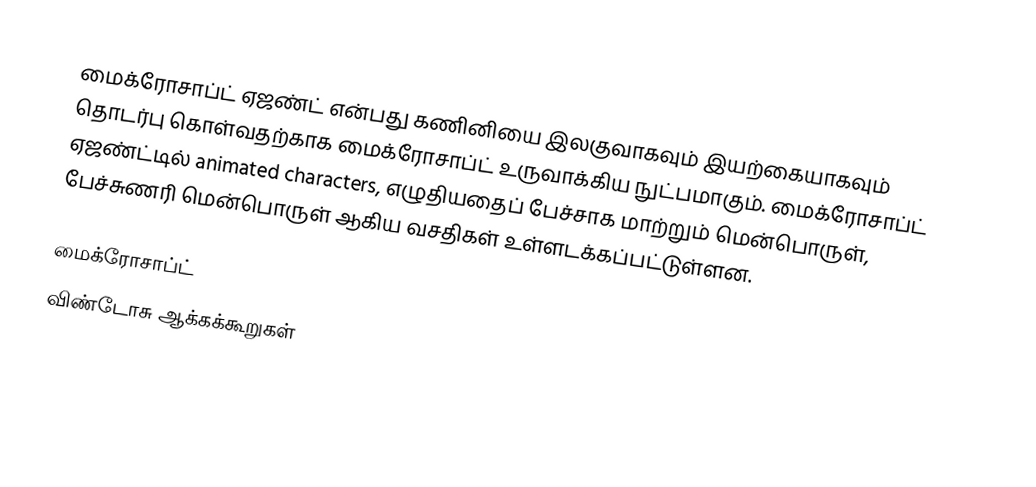
மைக்ரோசாப்ட் ஏஜண்ட் என்பது கணினியை இலகுவாகவும் இயற்கையாகவும் தொடர்பு கொள்வதற்காக மைக்ரோசாப்ட் உருவாக்கிய நுட்பமாகும். மைக்ரோசாப்ட் ஏஜண்ட்டில் animated characters, எழுதியதைப் பேச்சாக மாற்றும் மென்பொருள், பேச்சுணரி மென்பொருள் ஆகிய வசதிகள் உள்ளடக்கப்பட்டுள்ளன.

மைக்ரோசாப்ட்
விண்டோசு ஆக்கக்கூறுகள்